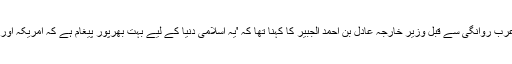
صدر ڈونلڈ ٹرمپ کی سعودی عرب روانگی سے قبل وزیر خارجہ عادل بن احمد الجبير کا کہنا تھا کہ 'یہ اسلامی دنیا کے لیے بہت بھرپور پیغام ہے کہ امریکہ اور مغرب آپ کے دشمن نہیں ہیں۔